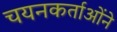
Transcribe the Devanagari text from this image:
चयनकर्ताओंने